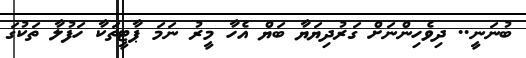
ބުނަނީ.. ދިވެހިންނަށް ގަރުދިޔަޔާ ބަޔް އެހާ މީރު ނަމަ ޕާޓީތަކާ ހަފުލާ ތަކުގަ